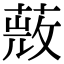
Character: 𦵨